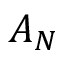
A _ { N }